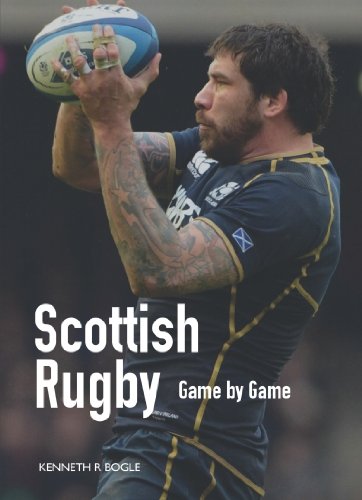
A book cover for Scottish Rugby: Game by Game; Kenneth R. Bogle; Sports & Outdoors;